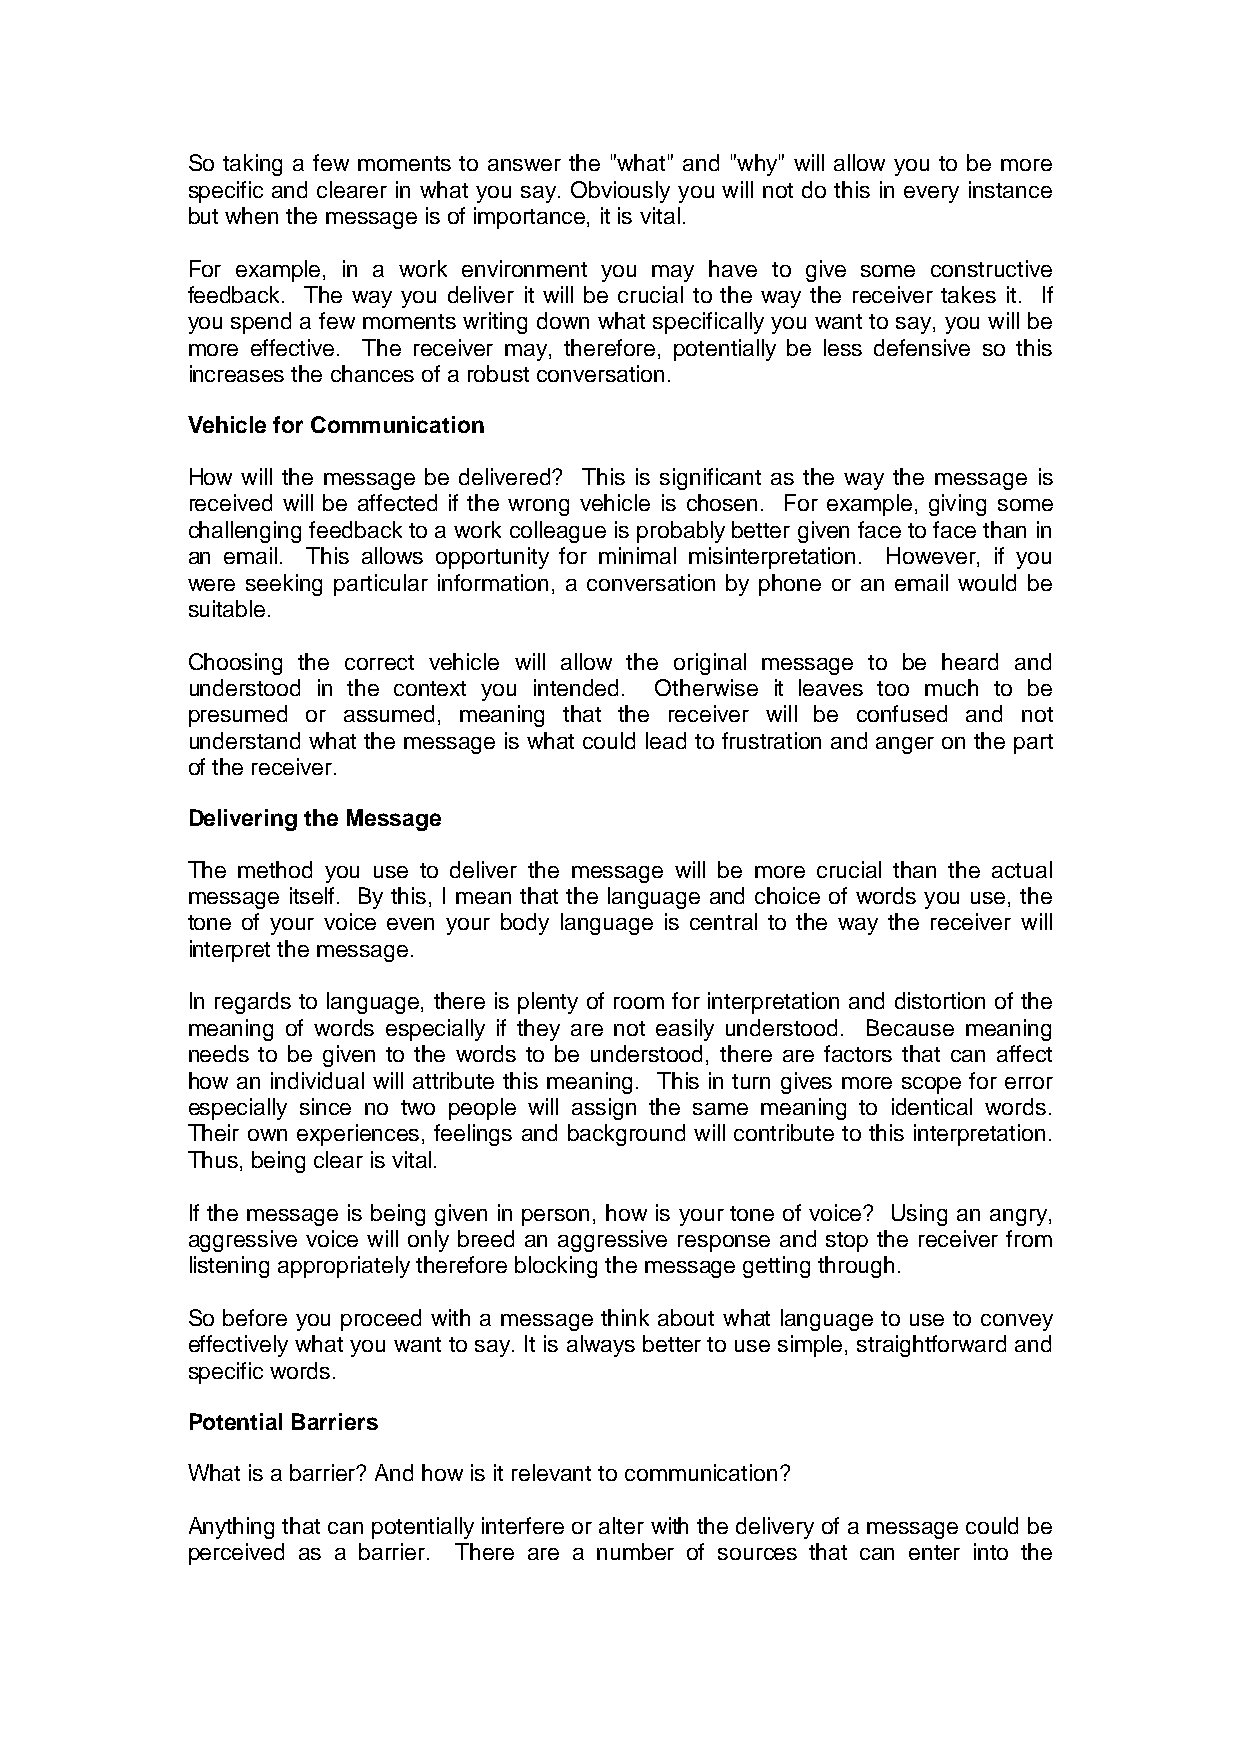
So taking a few moments to answer the "what" and "why" will allow you to be more
 specific and clearer in what you say. Obviously you will not do this in every instance
 but when the message is of importance, it is vital.
 For example, in a work environment you may have to give some constructive
 feedback. The way you deliver it will be crucial to the way the receiver takes it. If
 you spend a few moments writing down what specifically you want to say, you will be
 more effective. The receiver may, therefore, potentially be less defensive so this
 increases the chances of a robust conversation.
 Vehicle for Communication
 How will the message be delivered? This is significant as the way the message is
 received will be affected if the wrong vehicle is chosen. For example, giving some
 challenging feedback to a work colleague is probably better given face to face than in
 an email. This allows opportunity for minimal misinterpretation. However, if you
 were seeking particular information, a conversation by phone or an email would be
 suitable.
 Choosing the correct vehicle will allow the original message to be heard and
 understood in the context you intended. Otherwise it leaves too much to be
 presumed or assumed, meaning that the receiver will be confused and not
 understand what the message is what could lead to frustration and anger on the part
 of the receiver.
 Delivering the Message
 The method you use to deliver the message will be more crucial than the actual
 message itself. By this, I mean that the language and choice of words you use, the
 tone of your voice even your body language is central to the way the receiver will
 interpret the message.
 In regards to language, there is plenty of room for interpretation and distortion of the
 meaning of words especially if they are not easily understood. Because meaning
 needs to be given to the words to be understood, there are factors that can affect
 how an individual will attribute this meaning. This in turn gives more scope for error
 especially since no two people will assign the same meaning to identical words.
 Their own experiences, feelings and background will contribute to this interpretation.
 Thus, being clear is vital.
 If the message is being given in person, how is your tone of voice? Using an angry,
 aggressive voice will only breed an aggressive response and stop the receiver from
 listening appropriately therefore blocking the message getting through.
 So before you proceed with a message think about what language to use to convey
 effectively what you want to say. It is always better to use simple, straightforward and
 specific words.
 Potential Barriers
 What is a barrier? And how is it relevant to communication?
 Anything that can potentially interfere or alter with the delivery of a message could be
 perceived as a barrier. There are a number of sources that can enter into the